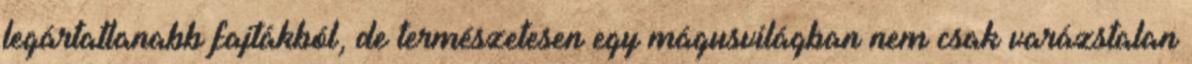
legártatlanabb fajtákból, de természetesen egy mágusvilágban nem csak varázstalan